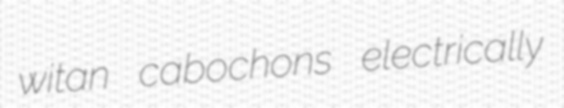
witan cabochons electrically